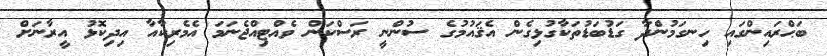
ބަޙްރައިންގައި ހިނގަމުންދާ ގަޑުބަޑުތަކާގުޅިގެން އެޤައުމުގެ ސުންނީ ރަސްކަން ވެއްޓިއްޖެނަމަ އެމެރިކާއާ އިދިކޮޅު އީރާނަށް